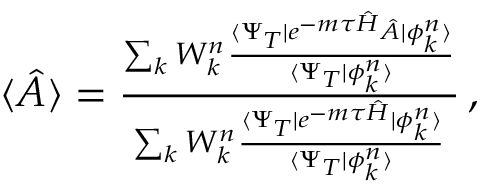
\begin{array} { r } { \langle \hat { A } \rangle = \frac { \sum _ { k } W _ { k } ^ { n } \frac { \langle \Psi _ { T } | e ^ { - m \tau \hat { H } } \hat { A } | \phi _ { k } ^ { n } \rangle } { \langle \Psi _ { T } | \phi _ { k } ^ { n } \rangle } } { \sum _ { k } W _ { k } ^ { n } \frac { \langle \Psi _ { T } | e ^ { - m \tau \hat { H } } | \phi _ { k } ^ { n } \rangle } { \langle \Psi _ { T } | \phi _ { k } ^ { n } \rangle } } \, , } \end{array}